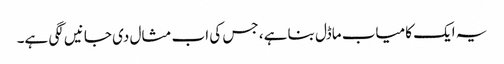
یہ ایک کامیاب ماڈل بنا ہے، جس کی اب مثال دی جانیں لگی ہے۔